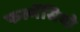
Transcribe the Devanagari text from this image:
फल्गेंसियो